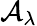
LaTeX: {\cal A}_{\lambda}